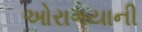
ઓરાગયાની